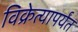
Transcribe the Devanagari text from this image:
विक्रेत्यापर्यंत